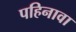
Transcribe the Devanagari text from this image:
पहिनावा